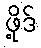
ဖို့ဒ်